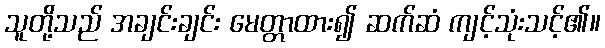
သူတို့သည် အချင်းချင်း မေတ္တာထား၍ ဆက်ဆံ ကျင့်သုံးသင့်၏။